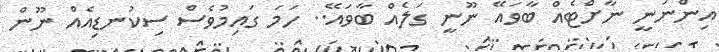
އިންނަނީ ނާށްޓެއް ބާވައޭ ނޫނީ ގަލެއް ބާވައޭ.. ހަމަ ގައިމުވެސް ސިކުނޑިއެއް ނޫން